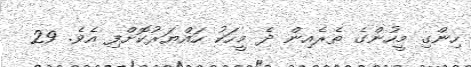
ހިންގި މީހުންގެ ތެރެއިން ދެ މީހަކު ހައްޔަރުކޮށްފި އެވެ. 29